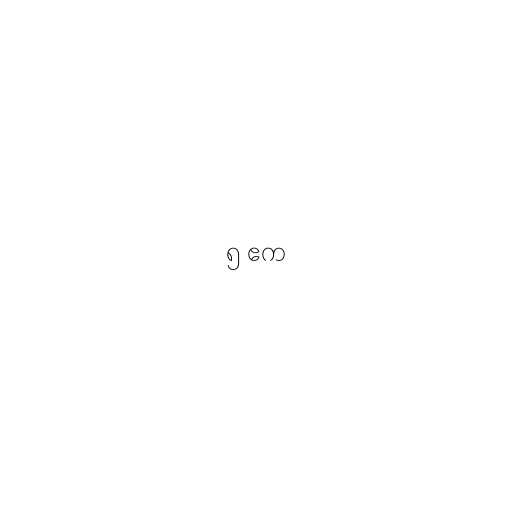
၅ ဧက